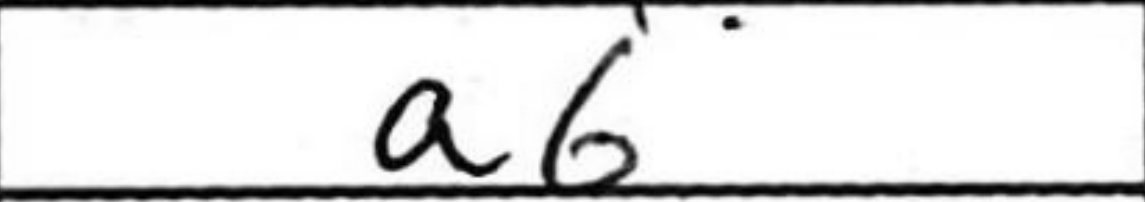
Transcription: a6